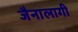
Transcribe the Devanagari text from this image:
जैनालागी